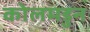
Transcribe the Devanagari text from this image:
कोलमडुन